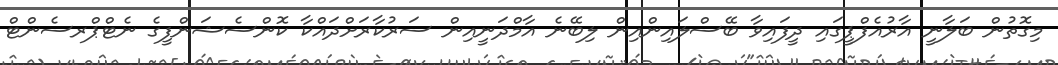
މިގޮތުން ބަލާނީ އާރުއެފްޕީގައި ދީފައިވާ ބޭސްލައިންއިން ލިބޭނެ އާމްދަނީއިން ސަރުކާރަށްދައްކާ ކޮންސެޝަންފީގެ ނެޓްޕްރސެންޓް